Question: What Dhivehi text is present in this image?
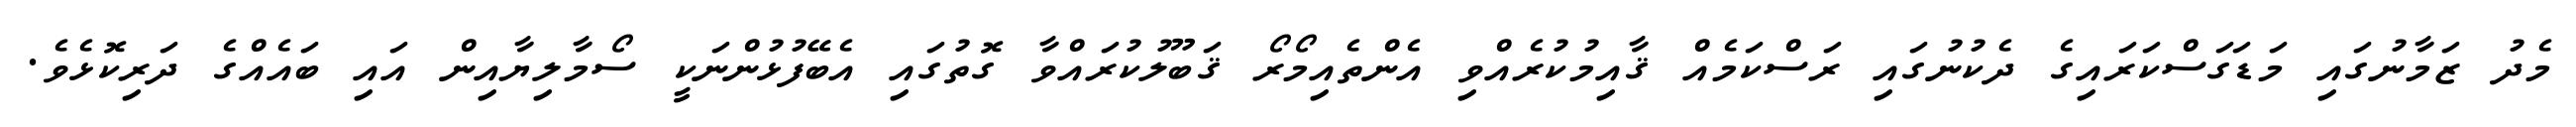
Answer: މެދު ޒަމާނުގައި މަޑަގަސްކަރައިގެ ދެކުނުގައި ރަސްކަމެއް ޤާއިމުކުރެއްވި އެންތެއިމޯރޯ ޤަބޫލުކުރައްވާ ގޮތުގައި އެބޭފުޅުންނަކީ ސޯމާލިޔާއިން އައި ބައެއްގެ ދަރިކޮޅެވެ.